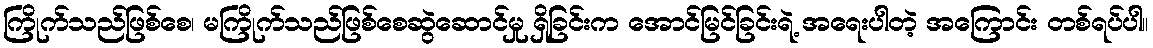
ကြိုက်သည်ဖြစ်စေ၊ မကြိုက်သည်ဖြစ်စေဆွဲဆောင်မှု ရှိခြင်းက အောင်မြင်ခြင်းရဲ့ အရေးပါတဲ့ အကြောင်း တစ်ရပ်ပါ။